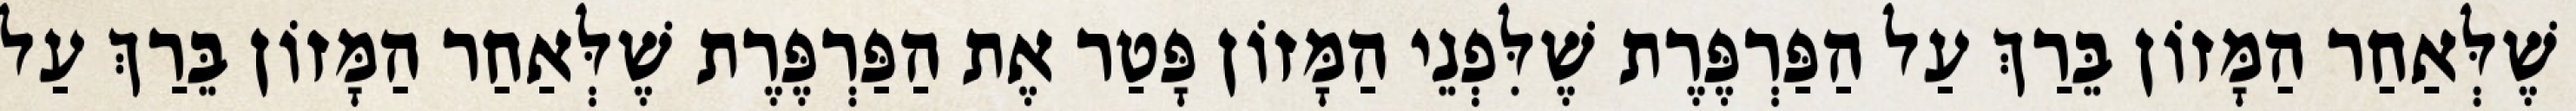
שֶׁלְּאַחַר הַמָּזוֹן בֵּרַךְ עַל הַפַּרְפֶּרֶת שֶׁלִּפְנֵי הַמָּזוֹן פָּטַר אֶת הַפַּרְפֶּרֶת שֶׁלְּאַחַר הַמָּזוֹן בֵּרַךְ עַל